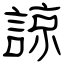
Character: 諒